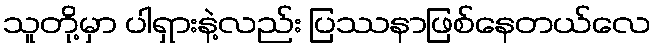
သူတို့မှာ ပါရှားနဲ့လည်း ပြဿနာဖြစ်နေတယ်လေ